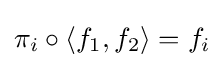
\pi _{i}\circ \left\langle f_{1},f_{2}\right\rangle =f_{i}